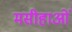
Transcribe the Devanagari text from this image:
मसीहाओं